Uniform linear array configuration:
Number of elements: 64
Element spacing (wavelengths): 0.75
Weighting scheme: cosine
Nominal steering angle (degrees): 0
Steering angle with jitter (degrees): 0.8151
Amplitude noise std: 0.05
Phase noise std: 0.05

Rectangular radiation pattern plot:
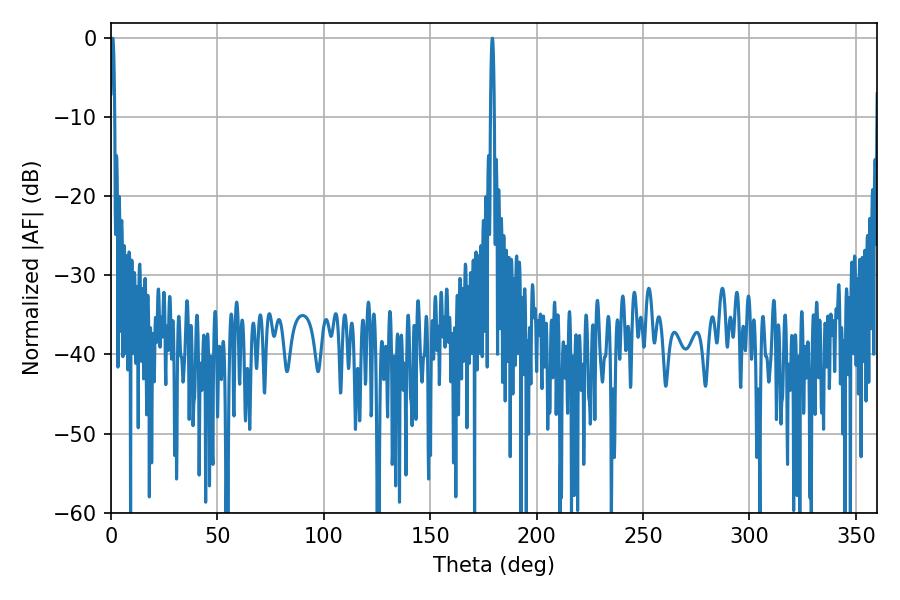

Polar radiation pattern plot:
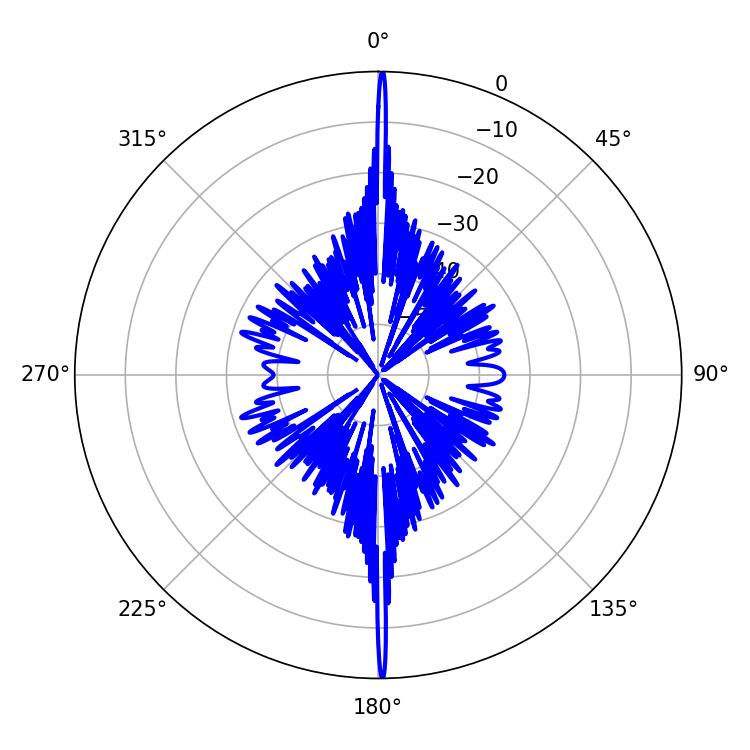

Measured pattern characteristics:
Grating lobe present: TRUE
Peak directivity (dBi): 35.623
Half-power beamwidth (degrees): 0.9
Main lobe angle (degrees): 0.72